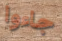
جاءوا